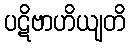
ပဋိဗာဟိယျတိ